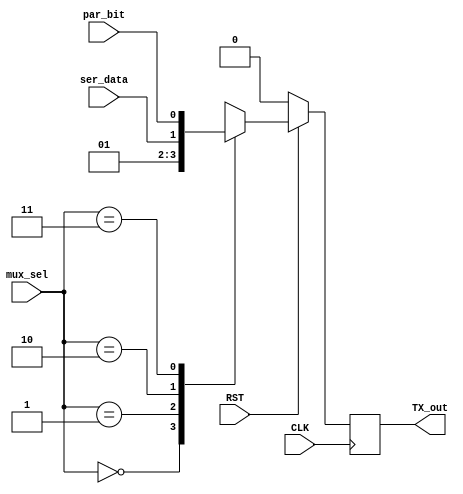
module MUX(
	input  wire [1:0] mux_sel,
	input  wire       par_bit,
	input  wire       ser_data,
	input  wire       CLK,
	input  wire       RST,
	output reg        TX_out
);

localparam Start_bit=2'b00,
           Stop_bit=2'b01,
           serdata=2'b10,
           parbit=2'b11;
           
reg MUX_out;

always@(*)
begin
    case(mux_sel)
        Start_bit:begin
            MUX_out = 1'b0;
        end
        Stop_bit:begin
            MUX_out = 1'b1;
        end
        serdata:begin
            MUX_out = ser_data;
        end
        parbit:begin
            MUX_out = par_bit;
        end
        default:begin
            MUX_out = 1'b1;
        end
    endcase
end

always@(posedge CLK)
begin
    if(!RST)
    begin
        TX_out <= 1'b0;
    end
    else
    begin
        TX_out <= MUX_out;
    end
end

endmodule